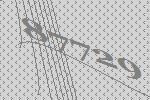
87729